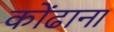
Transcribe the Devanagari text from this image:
कोंढाना